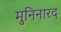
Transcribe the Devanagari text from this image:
मुनिनारद